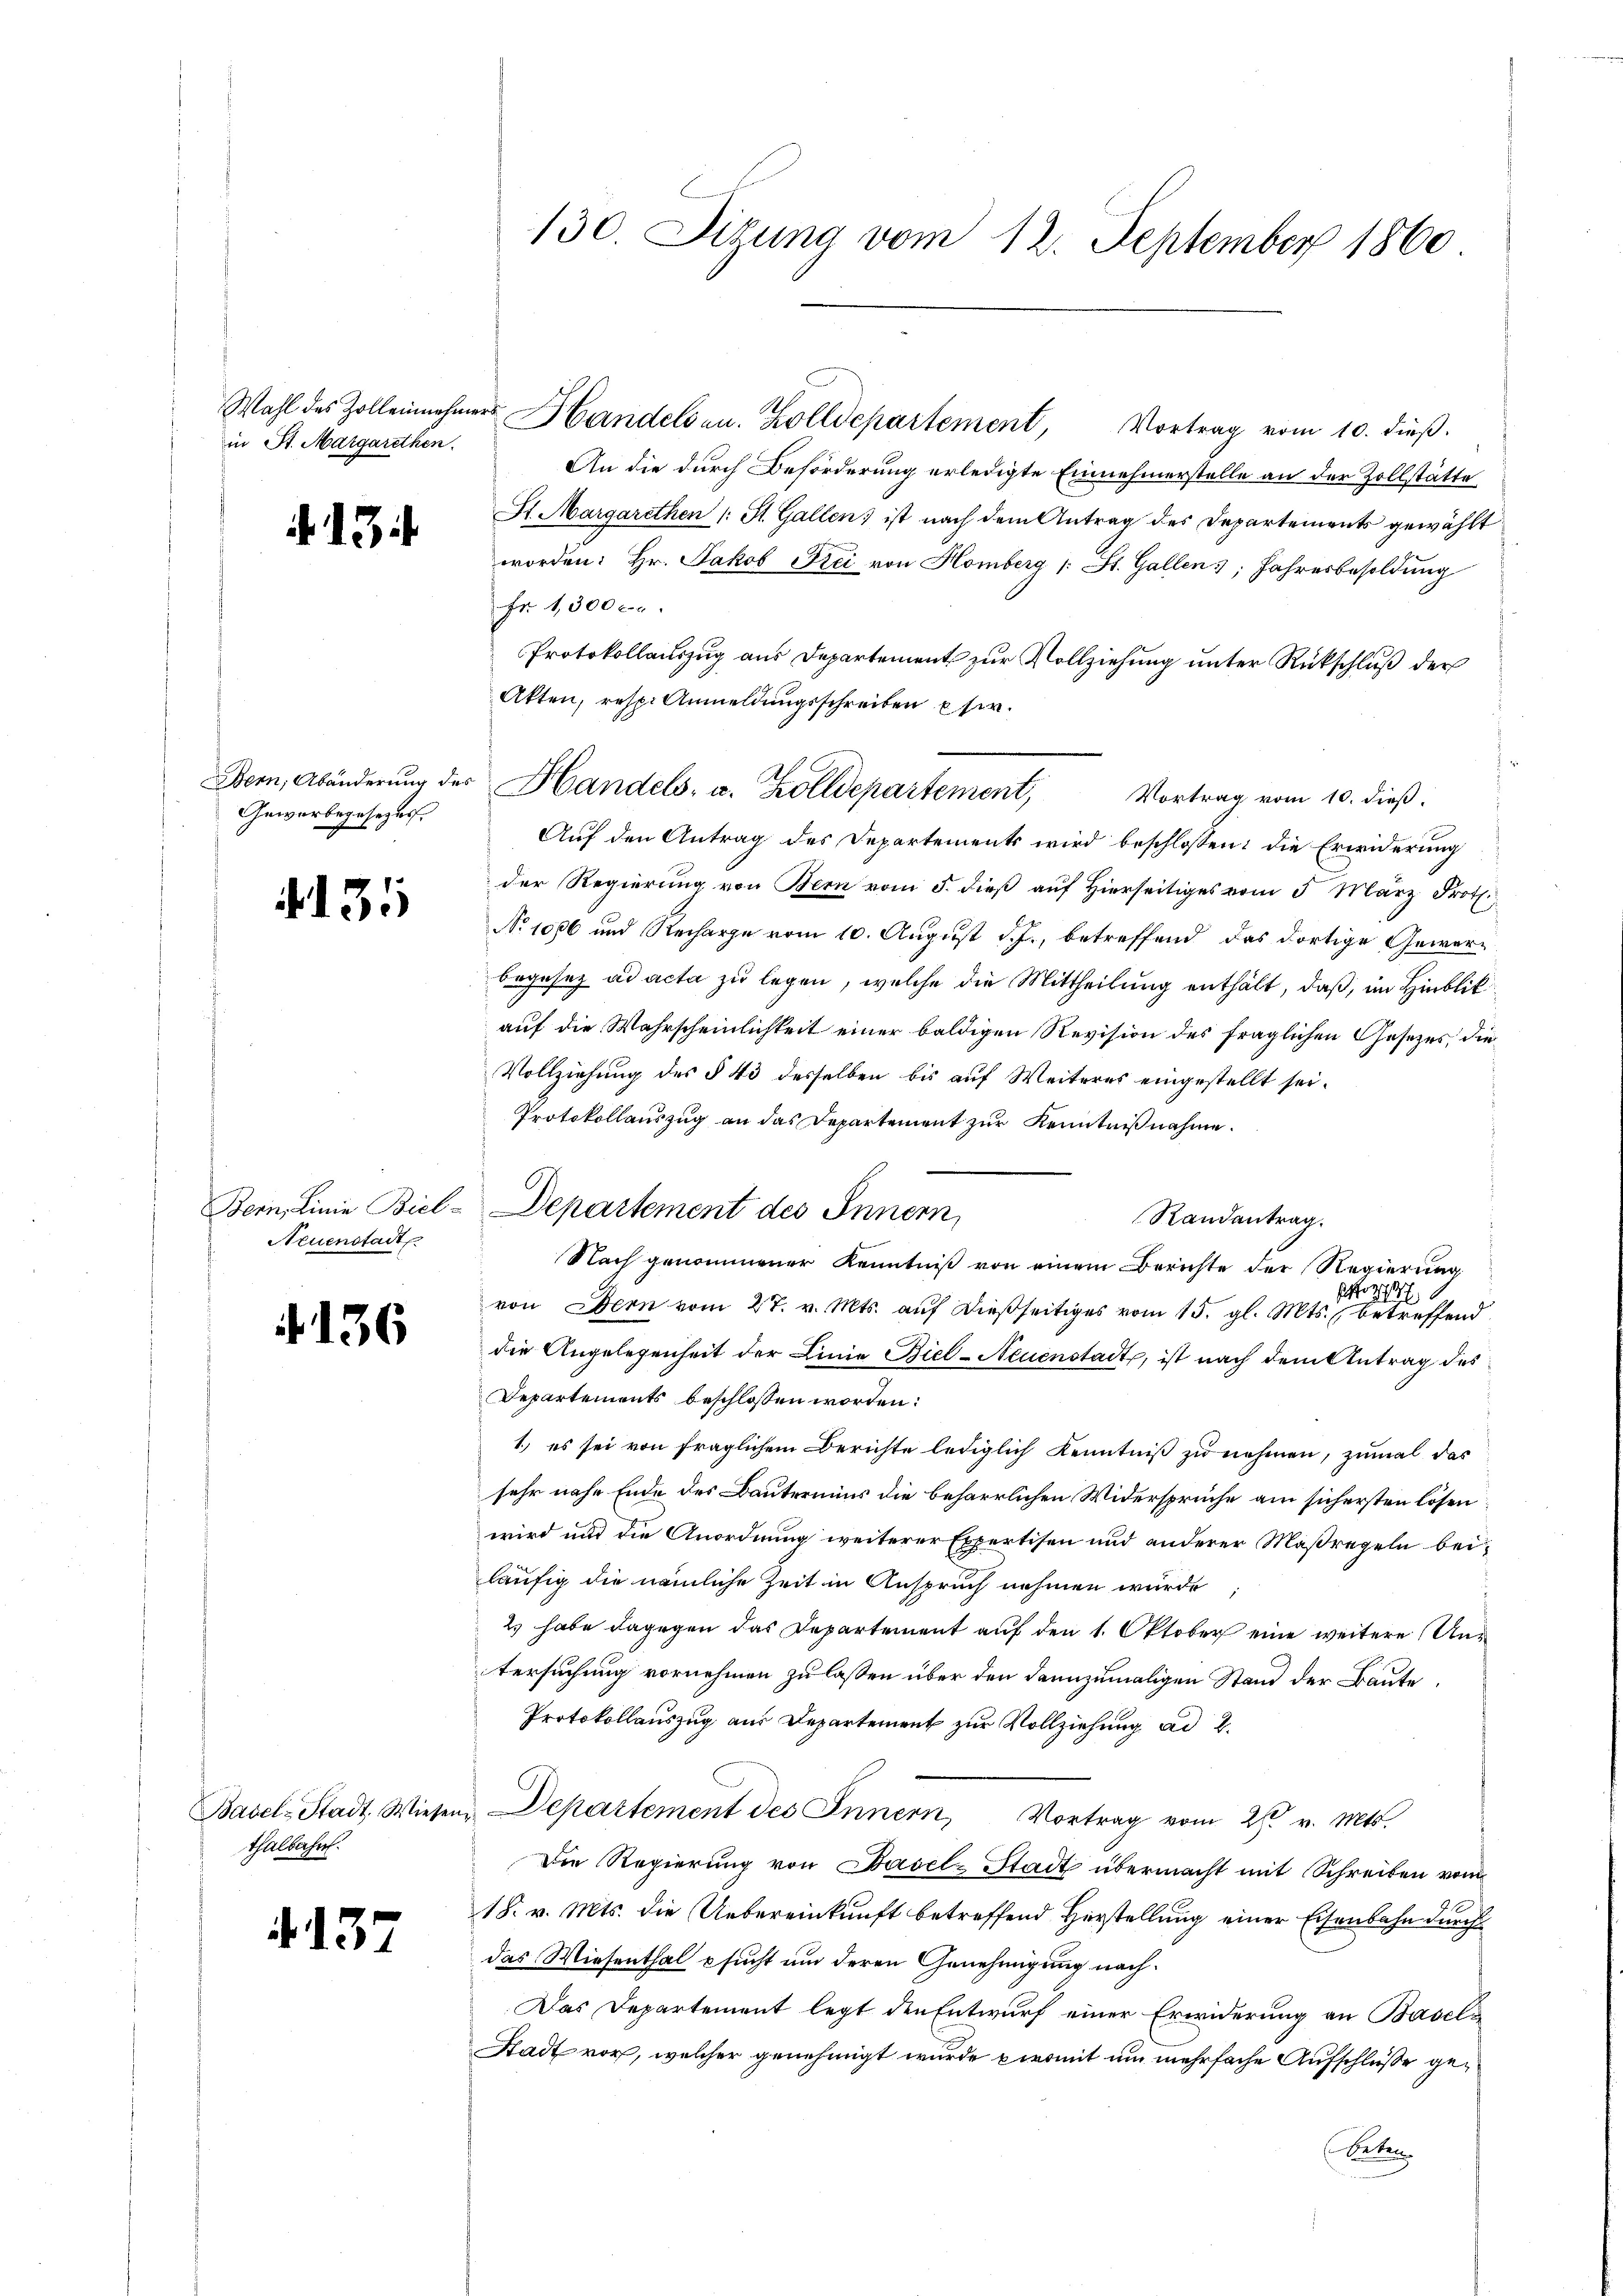
in St. Margarethen.

.13.

Bern, Abänderung des
Gewerbegesezes

4135

Bern, Linie Biel-
Neuenstadt

f. 136

Basel-Stadt, Wiesen
thalbahn.

.137

130. Situng vom 12. September 1860

Handels- u. Zolldepartement, Vortrag vom 10. dieß:

Departement des Innern,

Wahl des Zollenehmers Handels an. Zolldepartement, Vortrag vom 10. dieβ.
An die durch Beförderung erledigte Einnehmerstelle an der Zollstätte
St. Margarethen (: St. Gallen; ist nach dem Antrag des Departements gewählt
worden: Hr. Jakob Frei von Homberg (: St. Gallen, Jahresbesoldung
Fr. 1300 c.
Protokollauszug aus Departement zur Vollziehung unter Rückschluß der
Akten, resp. Anmeldungsschreiben si
Auf den Antrag des Departements wird beschlossen: die Erwiderung
der Regierung von Bern vom 5. dieß auf Hierseitiges vom 5. März Frot.
No 1006 und Recharge vom 10. August d. J., betreffend das dortige Gewerbegesez ad acta zu legen, welche die Mittheilung enthält, daß, im Hinblik
auf die Wahrscheinlichkeit einer baldigen Revision des fraglichen Gesetzes, die
Vollziehung des § 43 desselben bis auf Weiteres eingestellt sei.
Protokollauszug an das Departement zur Kenntnißnahme.
Randantrag.
Nach genommener Kenntniß von einem Berichte der Regierung
von Bern vom 27. v. Mts. auf dießseitiges vom 15. gl. Mts. betreffend
die Angelegenheit der Linie Biel-Neuenstadt, ist nach dem Antrag des
Departements beschlossen worden:
1.) es sei von fraglichem Berichte lediglich Kenntniß zu nehmen, zumal das
sehr nahe Ende des Bautermins die beharrlichen Widersprüche am sich ersten lösen
wird und die Anordnung weiterer Expertisen und anderer Maßregeln beiläufig die nämliche Zeit in Anspruch nehmen wurde
2. habe dagegen das Departement auf den 1. Oktober eine weitere Untersuchung vornehmen zu lassen über den dannzumaligen Stand der Baute
Protokollauszug aus Departement zur Vollziehung ad 2.
Departement des Innern, Vortrag vom 28. v. Mts.
Die Regierung von Basel-Stadt übermacht mit Schreiben vom
18. v. Mts. die Uebereinkunft betreffend Herstellung einer Eisenbahn durch
das Wiesenthal sucht um deren Genehmigung nach¬
Das Departement legt den Entwurf einer Erwiderung an Basel¬
Stadt vor, welcher genehmigt wurde promit um mehrfache Aufschluße ge¬
Beben